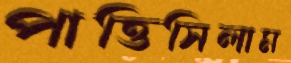
পাত্তিসিলাম